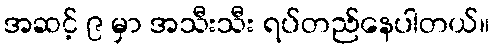
အဆင့် ၉ မှာ အသီးသီး ရပ်တည်နေပါတယ်။